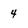
Character: 4